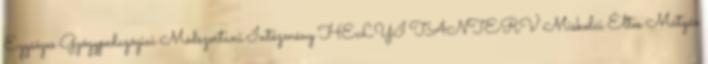
Egységes Gyógypedagógiai Módszertani Intézmény HELYI TANTERV Miskolci Éltes Mátyás